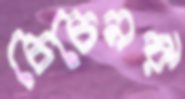
চেচেনরা